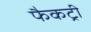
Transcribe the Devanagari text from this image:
फैकट्री